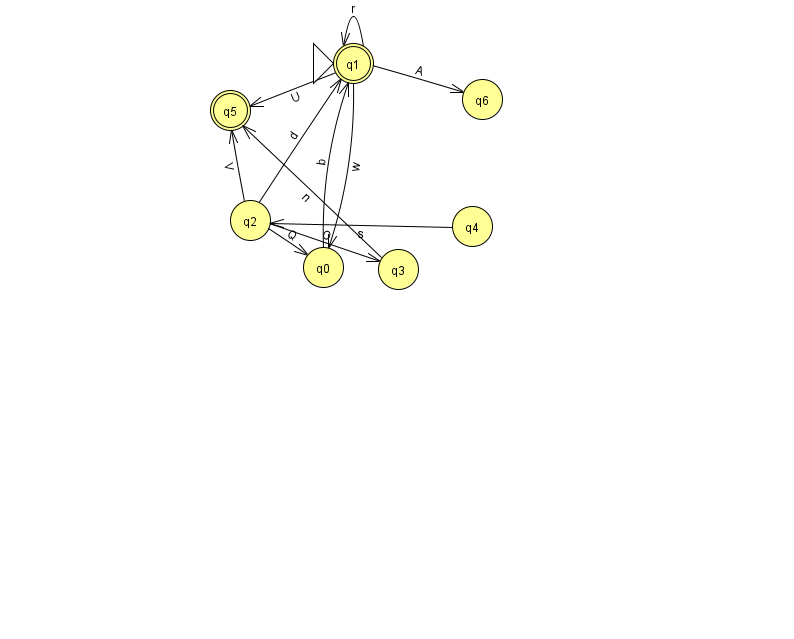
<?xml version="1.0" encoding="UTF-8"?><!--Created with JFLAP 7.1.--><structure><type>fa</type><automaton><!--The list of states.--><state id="0" name="q0"><x>323.0</x><y>254.0</y></state><state id="1" name="q1"><x>353.0</x><y>50.0</y><initial/><final/></state><state id="2" name="q2"><x>250.0</x><y>207.0</y></state><state id="3" name="q3"><x>398.0</x><y>256.0</y></state><state id="4" name="q4"><x>472.0</x><y>213.0</y></state><state id="5" name="q5"><x>230.0</x><y>97.0</y><final/></state><state id="6" name="q6"><x>482.0</x><y>86.0</y></state><!--The list of transitions.--><transition><from>1</from><to>5</to><read>U</read></transition><transition><from>2</from><to>5</to><read>V</read></transition><transition><from>1</from><to>1</to><read>r</read></transition><transition><from>2</from><to>3</to><read>O</read></transition><transition><from>3</from><to>5</to><read>n</read></transition><transition><from>4</from><to>2</to><read>s</read></transition><transition><from>1</from><to>6</to><read>A</read></transition><transition><from>2</from><to>1</to><read>d</read></transition><transition><from>1</from><to>0</to><read>w</read></transition><transition><from>0</from><to>1</to><read>b</read></transition><transition><from>2</from><to>0</to><read>Q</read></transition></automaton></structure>